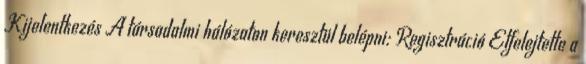
Kijelentkezés A társadalmi hálózaton keresztül belépni: Regisztráció Elfelejtette a